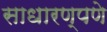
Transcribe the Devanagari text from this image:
साधारण्पणे